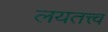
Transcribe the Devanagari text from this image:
लयतत्त्व